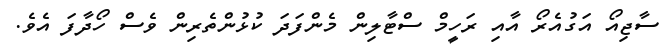
ސާޖިއޯ އަގުއެރޯ އާއި ރަހީމް ސްޓާލިން މެންފަދަ ކުޅުންތެރިން ވެސް ހޯދާފަ އެވެ.